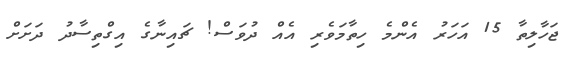
ޖަހާލިތާ 15 އަހަރު އެންމެ ހިތާމަވެރި އެއް ދުވަސް! ޗައިނާގެ އިގްތިސާދު ދަށަށް